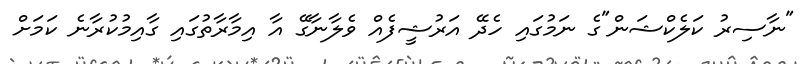
"ނާސިރު ކަލެކްޝަން"ގެ ނަމުގައި ހެދޭ އަރުޝީފެއް ވެލާނާގޭ އާ އިމާރާތުގައި ގާއިމުކުރާނެ ކަމަށް